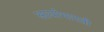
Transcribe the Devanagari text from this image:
आर्याभारती